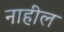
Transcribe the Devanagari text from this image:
नाहील